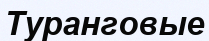
Туранговые